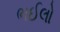
ભઈલો